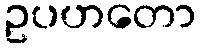
ဥပဟတော